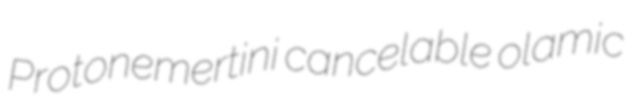
Protonemertini cancelable olamic